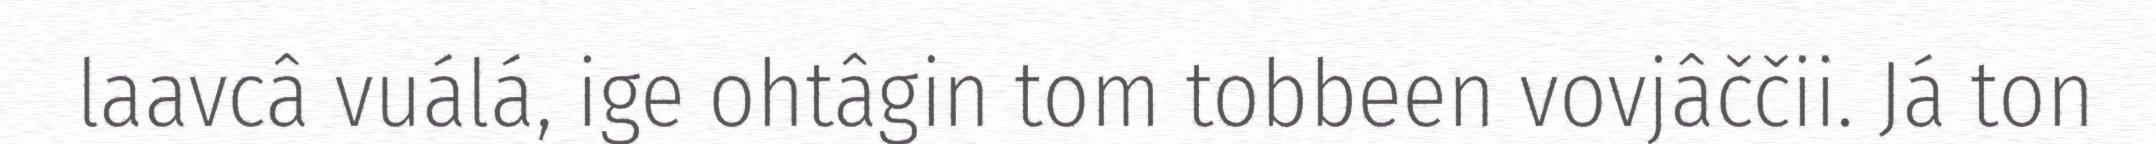
laavcâ vuálá, ige ohtâgin tom tobbeen vovjâččii. Já ton